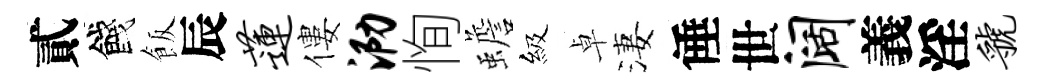
貳餞飯辰莲僂泐恂蟾級卓淒倕世阔義淫虢